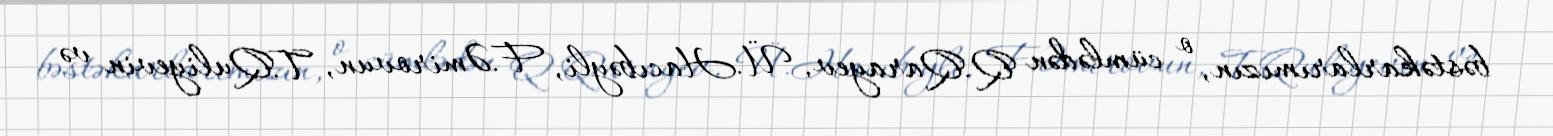
bəstəkarlarımızın, o cümlədən Q.Qarayev, Ü.Hacıbəyli, F.Əmirovun, T.Quliyevin və